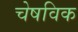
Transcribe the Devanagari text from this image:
चेषविक